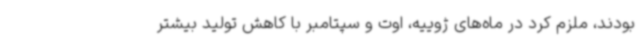
بودند، ملزم کرد در ماه‌های ژوییه، اوت و سپتامبر با کاهش تولید بیشتر